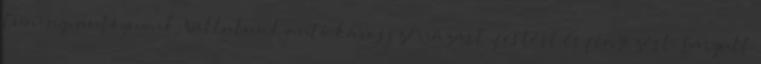
tuning, autógumik. Vállalunk autó karosszériázást ,festést és fényezést. Sárgult